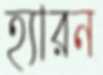
হ্যারন